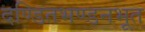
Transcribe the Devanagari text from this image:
दण्डितभण्डनभूत